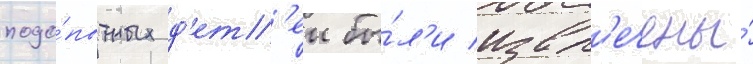
подо́пытных д'ет'еи бы́л'и извл'ечены́